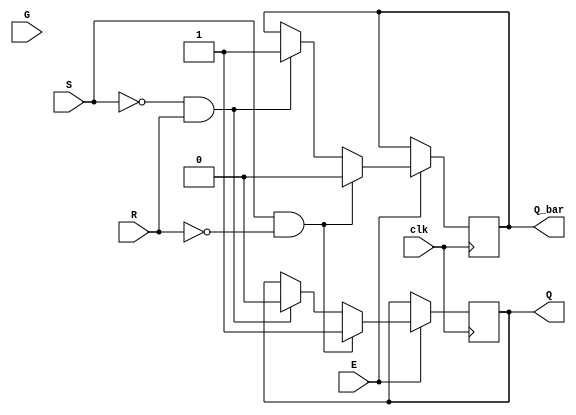
module Gated_SR_FF (
    input S, R, G, E,
    input clk,
    output reg Q, Q_bar
);

always @(posedge clk) begin
    if (E) begin
        if (G) begin
            if (S && !R) begin
                Q <= 1;
                Q_bar <= 0;
            end else if (!S && R) begin
                Q <= 0;
                Q_bar <= 1;
            end
        end else begin
            if (S && !R) begin
                Q <= 1;
                Q_bar <= 0;
            end else if (!S && R) begin
                Q <= 0;
                Q_bar <= 1;
            end
        end
    end
end

endmodule